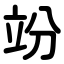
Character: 竕